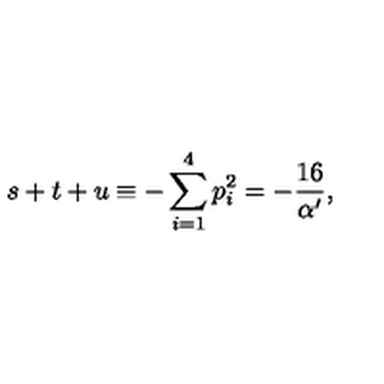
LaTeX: s + t + u \equiv - \sum _ { i = 1 } ^ { 4 } p _ { i } ^ { 2 } = - \frac { 1 6 } { \alpha ^ { \prime } } ,